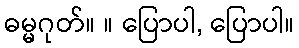
ဓမ္မဂုတ်။ ။ ပြောပါ, ပြောပါ။